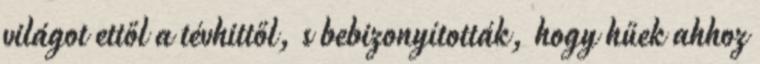
világot ettől a tévhittől, s bebizonyították, hogy hűek ahhoz